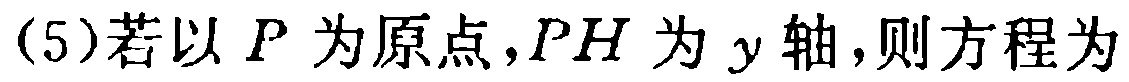
(5)若以 \(P\) 为原点，\(PH\) 为 \(y\) 轴，则方程为